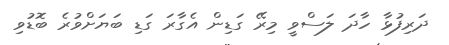
ދަރިފުޅާ ހާދަ ލަސްވީ މިރޭ ގަޑިން އެގާރަ ގަޑި ބަޔަށްވުރެ ބޮޑުވި